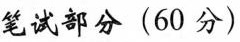
笔试部分(60 分)